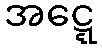
အဋ္ဋေ